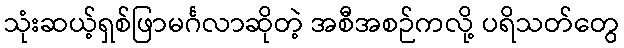
သုံးဆယ့်ရှစ်ဖြာမင်္ဂလာဆိုတဲ့ အစီအစဉ်ကလို့ ပရိသတ်တွေ